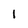
Character: 1